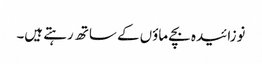
نوزائیدہ بچے ماؤں کے ساتھ رہتے ہیں۔